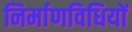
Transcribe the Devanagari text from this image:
निर्माणविधियों